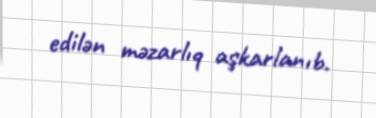
edilən məzarlıq aşkarlanıb.